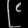
Digit: ၉